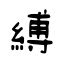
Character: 縛